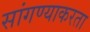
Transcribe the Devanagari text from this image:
सांगण्याकरता